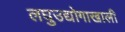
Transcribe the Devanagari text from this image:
लघुउद्योगाखाली